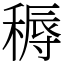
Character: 䅶